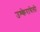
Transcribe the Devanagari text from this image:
उश्केरायेलो